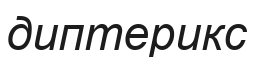
диптерикс